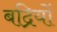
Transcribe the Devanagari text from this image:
बद्रियों